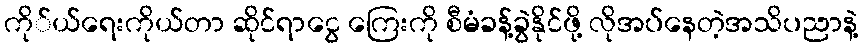
ကို်ယ်ရေးကိုယ်တာ ဆိုင်ရာငွေ ကြေးကို စီမံခန့်ခွဲနိုင်ဖို့ လိုအပ်နေတဲ့အသိပညာနဲ့